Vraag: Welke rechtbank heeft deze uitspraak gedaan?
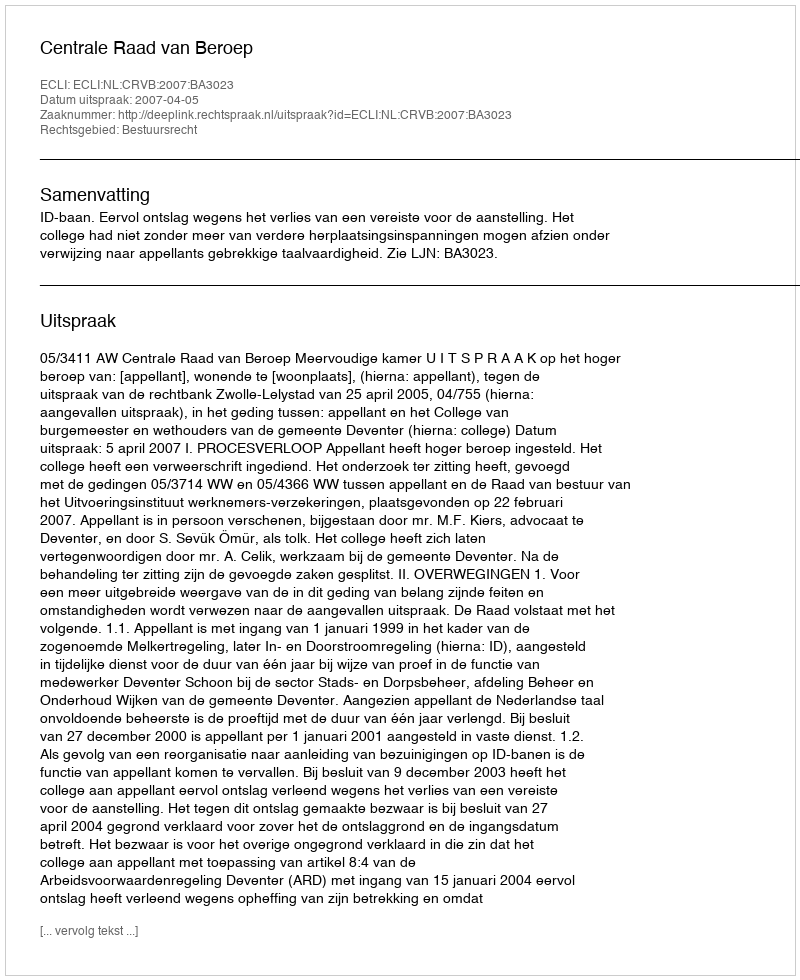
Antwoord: Centrale Raad van Beroep